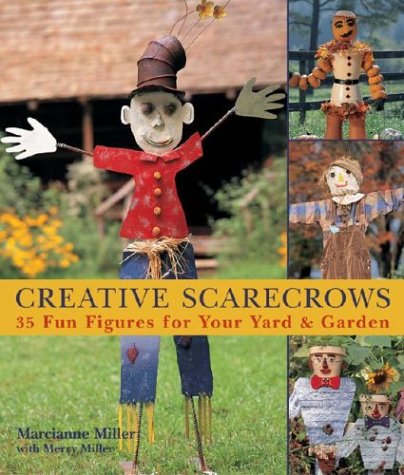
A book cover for Creative Scarecrows: 35 Fun Figures for Your Yard & Garden; Marcianne Miller; Crafts, Hobbies & Home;